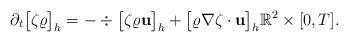
LaTeX: \begin{align*} \partial_t \big[\zeta\varrho\big]_h=-\div \big[\zeta\varrho\mathbf u\big]_h+\big[\varrho\nabla\zeta\cdot \mathbf u\big]_h \mathbb R^2\times [0,T].\end{align*}